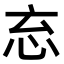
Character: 𭜘